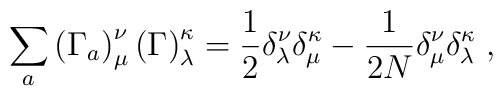
\sum_{a}\left(\Gamma_{a}\right)^{\nu}_{\mu}\left(\Gamma\right)^{\kappa}_{\lambda}=\frac{1}{2}\delta^{\nu}_{\lambda}\delta^{\kappa}_{\mu}-\frac{1}{2N}\delta^{\nu}_{\mu}\delta^{\kappa}_{\lambda}\;,